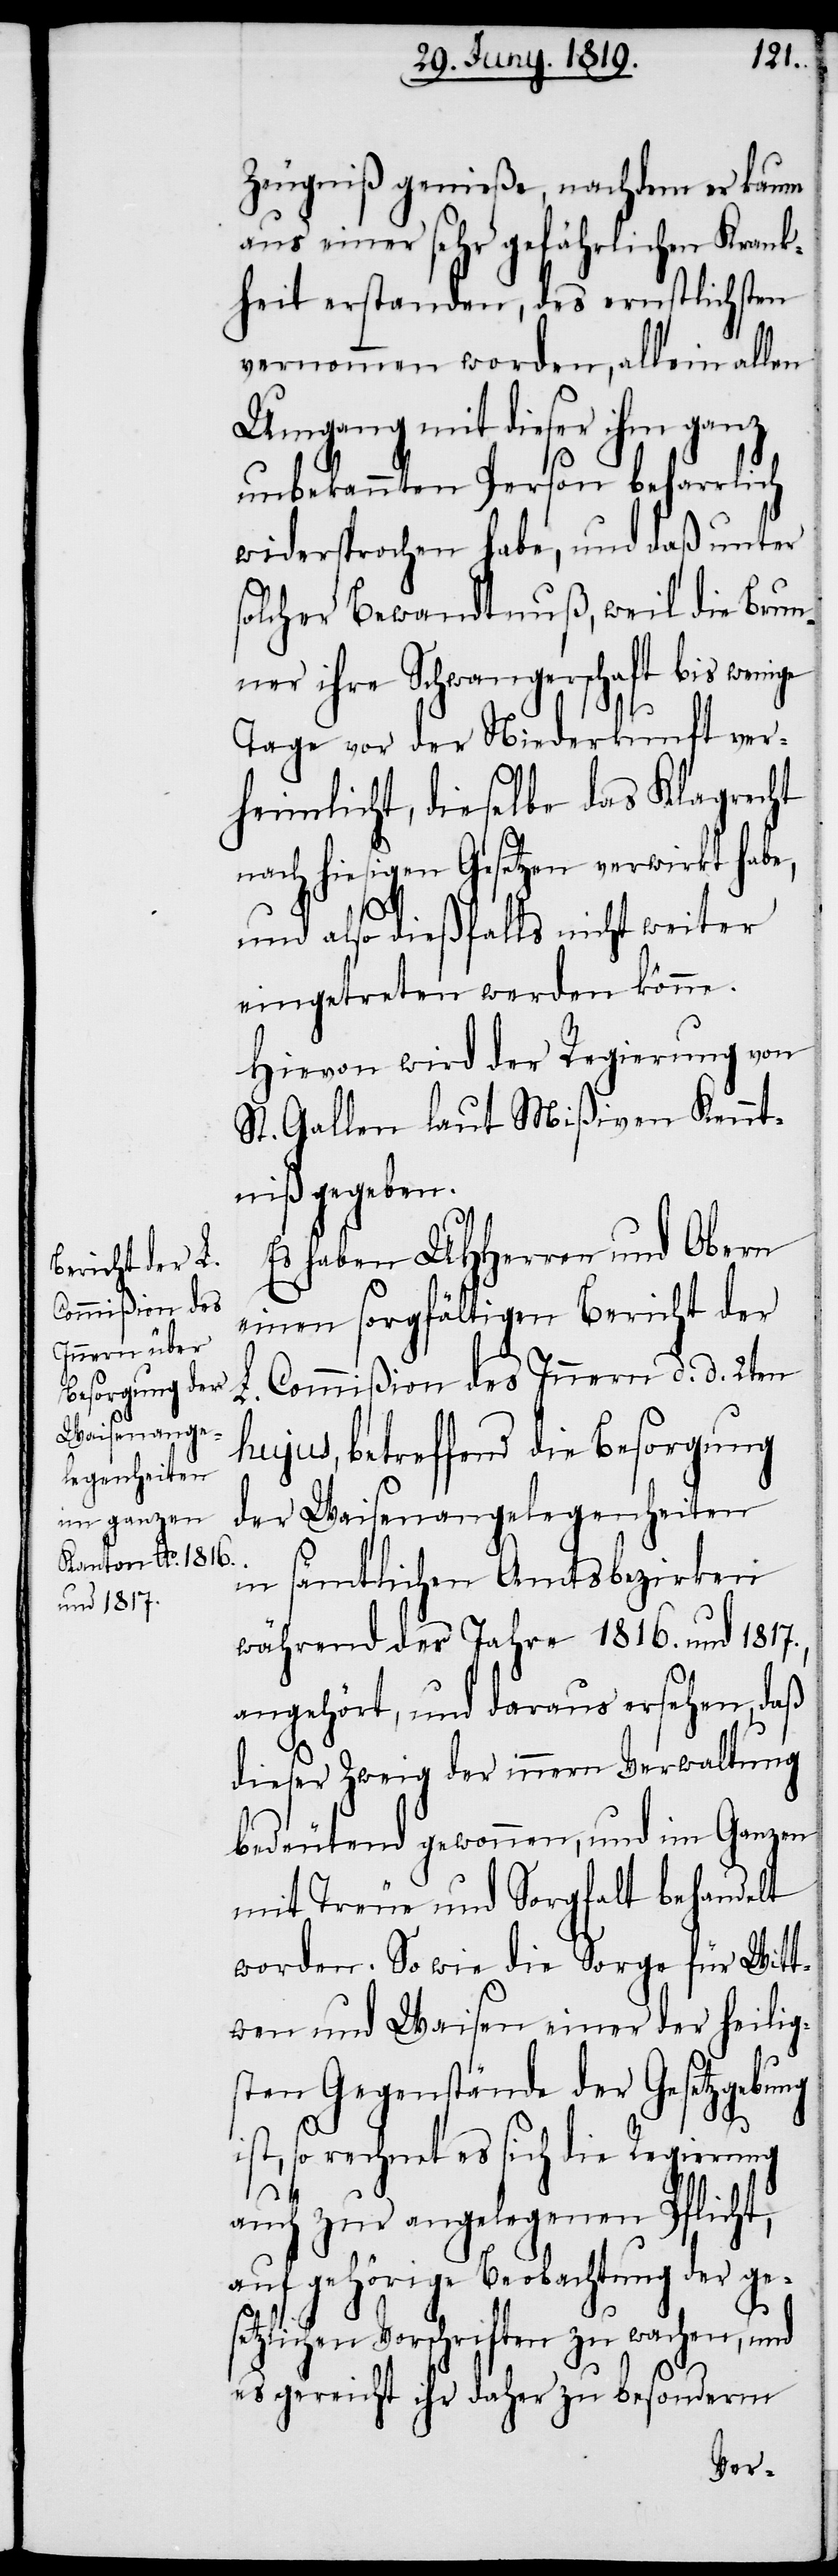
Zeugniß genieße, nachdem er kaum
aus einer sehr gefährlichen Krank¬
heit erstanden, des ernstlichsten
vernommen worden, allein allen
Umgang mit dieser ihm ganz
unbekannten Person beharrlich
widersprochen habe, und daß unter
solcher Bewandtnuß, weil die Brun¬
ner ihre Schwangerschaft bis
Tage vor der Niederkunft ver¬
heimlicht, dieselbe das Klagrecht
nach hiesigen Gesetzen verwirkt habe,
und also dießfalls nicht weiter
eingetreten werden könne.
Hievon wird der Regierung von
St. Gallen laut Mißiven Kennt¬
niß gegeben.
Es haben UHHerren und Obern
einen sorgfältigen Bericht der
L. Commißion des Innern d. d. 2ten
hujus, betreffend die Besorgung
der Waisenangelegenheiten
in sämtlichen Amtsbezirken
während der Jahre 1816. und 1817.,
angehört, und daraus ersehen, daß
dieser Zweig der innern Verwaltung
bedeutend gewonnen, und im Ganzen
mit Treue und Sorgfalt vehandelt
worden. So wie die Sorge für Wit¬
twen und Waisen einer der heilig¬
sten Gegenstände der Gesetzgebung
so rechnet es sich die Regierung
auch zur angelegenen Pflicht,
auf gehörige Beobachtung der ges¬
etzlichen Vorschriften zu wachen, und
es gereicht ihr daher zu besonderm